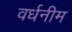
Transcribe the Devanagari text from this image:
वर्धनीम